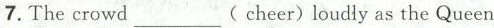
7.The crowd___(cheer) loudly as the Queen